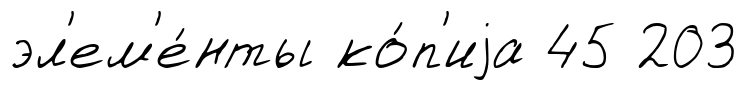
эл'ем'е́нты ко́п'иjа 45 203